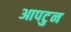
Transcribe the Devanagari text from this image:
आपटुन